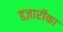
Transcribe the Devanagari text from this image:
हज़ारीका